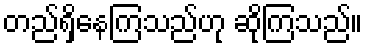
တည်ရှိနေကြသည်ဟု ဆိုကြသည်။